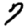
Digit: 7